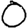
Digit: 0